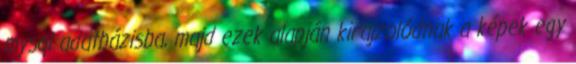
mysql adatbázisba, majd ezek alapján kirajzolódnak a képek egy